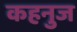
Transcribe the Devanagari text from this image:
कहनुज